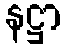
နဋ္ဌာ